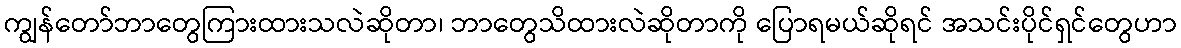
ကျွန်တော်ဘာတွေကြားထားသလဲဆိုတာ၊ ဘာတွေသိထားလဲဆိုတာကို ပြောရမယ်ဆိုရင် အသင်းပိုင်ရှင်တွေဟာ